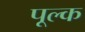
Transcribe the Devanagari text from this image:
पूल्क